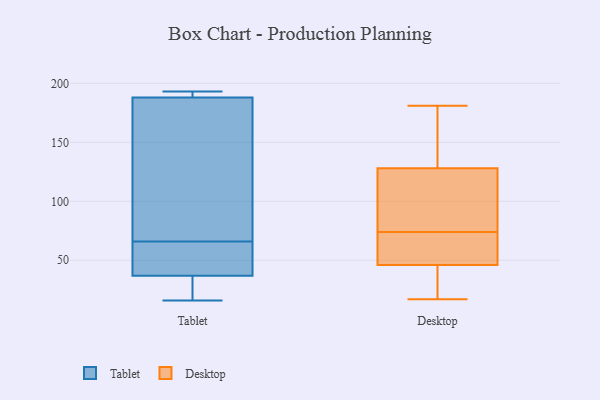
{"axis": {"x": "Waste Production (Tons)", "y": "Value"}, "legend": ["Desktop", "Tablet"], "data": [{"x": "", "y": 168, "type": "Tablet"}, {"x": "", "y": 149, "type": "Tablet"}, {"x": "", "y": 30, "type": "Tablet"}, {"x": "", "y": 57, "type": "Tablet"}, {"x": "", "y": 64, "type": "Tablet"}, {"x": "", "y": 58, "type": "Tablet"}, {"x": "", "y": 193, "type": "Tablet"}, {"x": "", "y": 37, "type": "Tablet"}, {"x": "", "y": 188, "type": "Tablet"}, {"x": "", "y": 192, "type": "Tablet"}, {"x": "", "y": 191, "type": "Tablet"}, {"x": "", "y": 16, "type": "Tablet"}, {"x": "", "y": 27, "type": "Tablet"}, {"x": "", "y": 68, "type": "Tablet"}, {"x": "", "y": 33, "type": "Desktop"}, {"x": "", "y": 29, "type": "Desktop"}, {"x": "", "y": 120, "type": "Desktop"}, {"x": "", "y": 72, "type": "Desktop"}, {"x": "", "y": 154, "type": "Desktop"}, {"x": "", "y": 46, "type": "Desktop"}, {"x": "", "y": 181, "type": "Desktop"}, {"x": "", "y": 43, "type": "Desktop"}, {"x": "", "y": 181, "type": "Desktop"}, {"x": "", "y": 17, "type": "Desktop"}, {"x": "", "y": 60, "type": "Desktop"}, {"x": "", "y": 128, "type": "Desktop"}, {"x": "", "y": 52, "type": "Desktop"}, {"x": "", "y": 76, "type": "Desktop"}, {"x": "", "y": 68, "type": "Desktop"}, {"x": "", "y": 113, "type": "Desktop"}, {"x": "", "y": 125, "type": "Desktop"}, {"x": "", "y": 176, "type": "Desktop"}]}